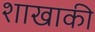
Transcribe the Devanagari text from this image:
शाखाकी